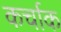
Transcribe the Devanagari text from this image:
कर्चाक